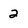
Character: 2